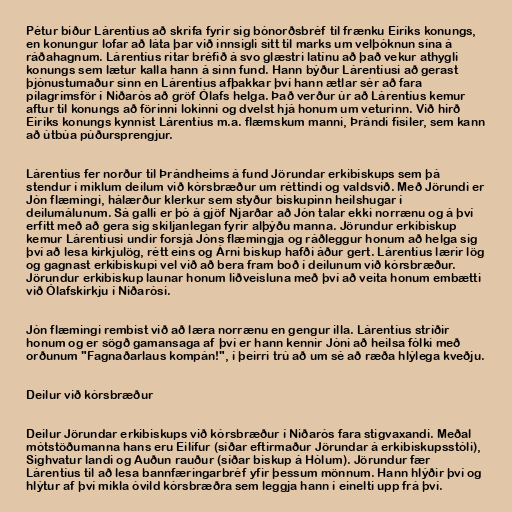
Pétur biður Lárentíus að skrifa fyrir sig bónorðsbréf til frænku Eiríks konungs,
en konungur lofar að láta þar við innsigli sitt til marks um velþóknun sína á
ráðahagnum. Lárentíus ritar bréfið á svo glæstri latínu að það vekur athygli
konungs sem lætur kalla hann á sinn fund. Hann býður Lárentíusi að gerast
þjónustumaður sinn en Lárentíus afþakkar því hann ætlar sér að fara
pílagrímsför í Niðarós að gröf Ólafs helga. Það verður úr að Lárentíus kemur
aftur til konungs að förinni lokinni og dvelst hjá honum um veturinn. Við hirð
Eiríks konungs kynnist Lárentíus m.a. flæmskum manni, Þrándi fisiler, sem kann
að útbúa púðursprengjur.

Lárentíus fer norður til Þrándheims á fund Jörundar erkibiskups sem þá
stendur í miklum deilum við kórsbræður um réttindi og valdsvið. Með Jörundi er
Jón flæmingi, hálærður klerkur sem styður biskupinn heilshugar í
deilumálunum. Sá galli er þó á gjöf Njarðar að Jón talar ekki norrænu og á því
erfitt með að gera sig skiljanlegan fyrir alþýðu manna. Jörundur erkibiskup
kemur Lárentíusi undir forsjá Jóns flæmingja og ráðleggur honum að helga sig
því að lesa kirkjulög, rétt eins og Árni biskup hafði áður gert. Lárentíus lærir lög
og gagnast erkibiskupi vel við að bera fram boð í deilunum við kórsbræður.
Jörundur erkibiskup launar honum liðveisluna með því að veita honum embætti
við Ólafskirkju í Niðarósi.

Jón flæmingi rembist við að læra norrænu en gengur illa. Lárentíus stríðir
honum og er sögð gamansaga af því er hann kennir Jóni að heilsa fólki með
orðunum "Fagnaðarlaus kompán!", í þeirri trú að um sé að ræða hlýlega kveðju.

Deilur við kórsbræður

Deilur Jörundar erkibiskups við kórsbræður í Niðarós fara stigvaxandi. Meðal
mótstöðumanna hans eru Eilífur (síðar eftirmaður Jörundar á erkibiskupsstóli),
Sighvatur landi og Auðun rauður (síðar biskup á Hólum). Jörundur fær
Lárentíus til að lesa bannfæringarbréf yfir þessum mönnum. Hann hlýðir því og
hlýtur af því mikla óvild kórsbræðra sem leggja hann í einelti upp frá því.